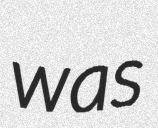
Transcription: was